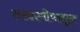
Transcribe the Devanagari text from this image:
ताकागीपासून